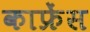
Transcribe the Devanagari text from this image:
काफ्रेंस